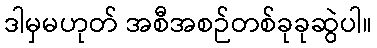
ဒါမှမဟုတ် အစီအစဉ်တစ်ခုခုဆွဲပါ။